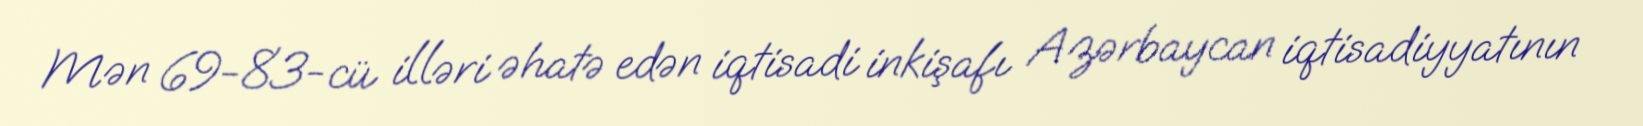
Mən 69-83-cü illəri əhatə edən iqtisadi inkişafı Azərbaycan iqtisadiyyatının